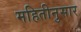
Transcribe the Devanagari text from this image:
महितीनुसार